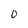
Character: 0